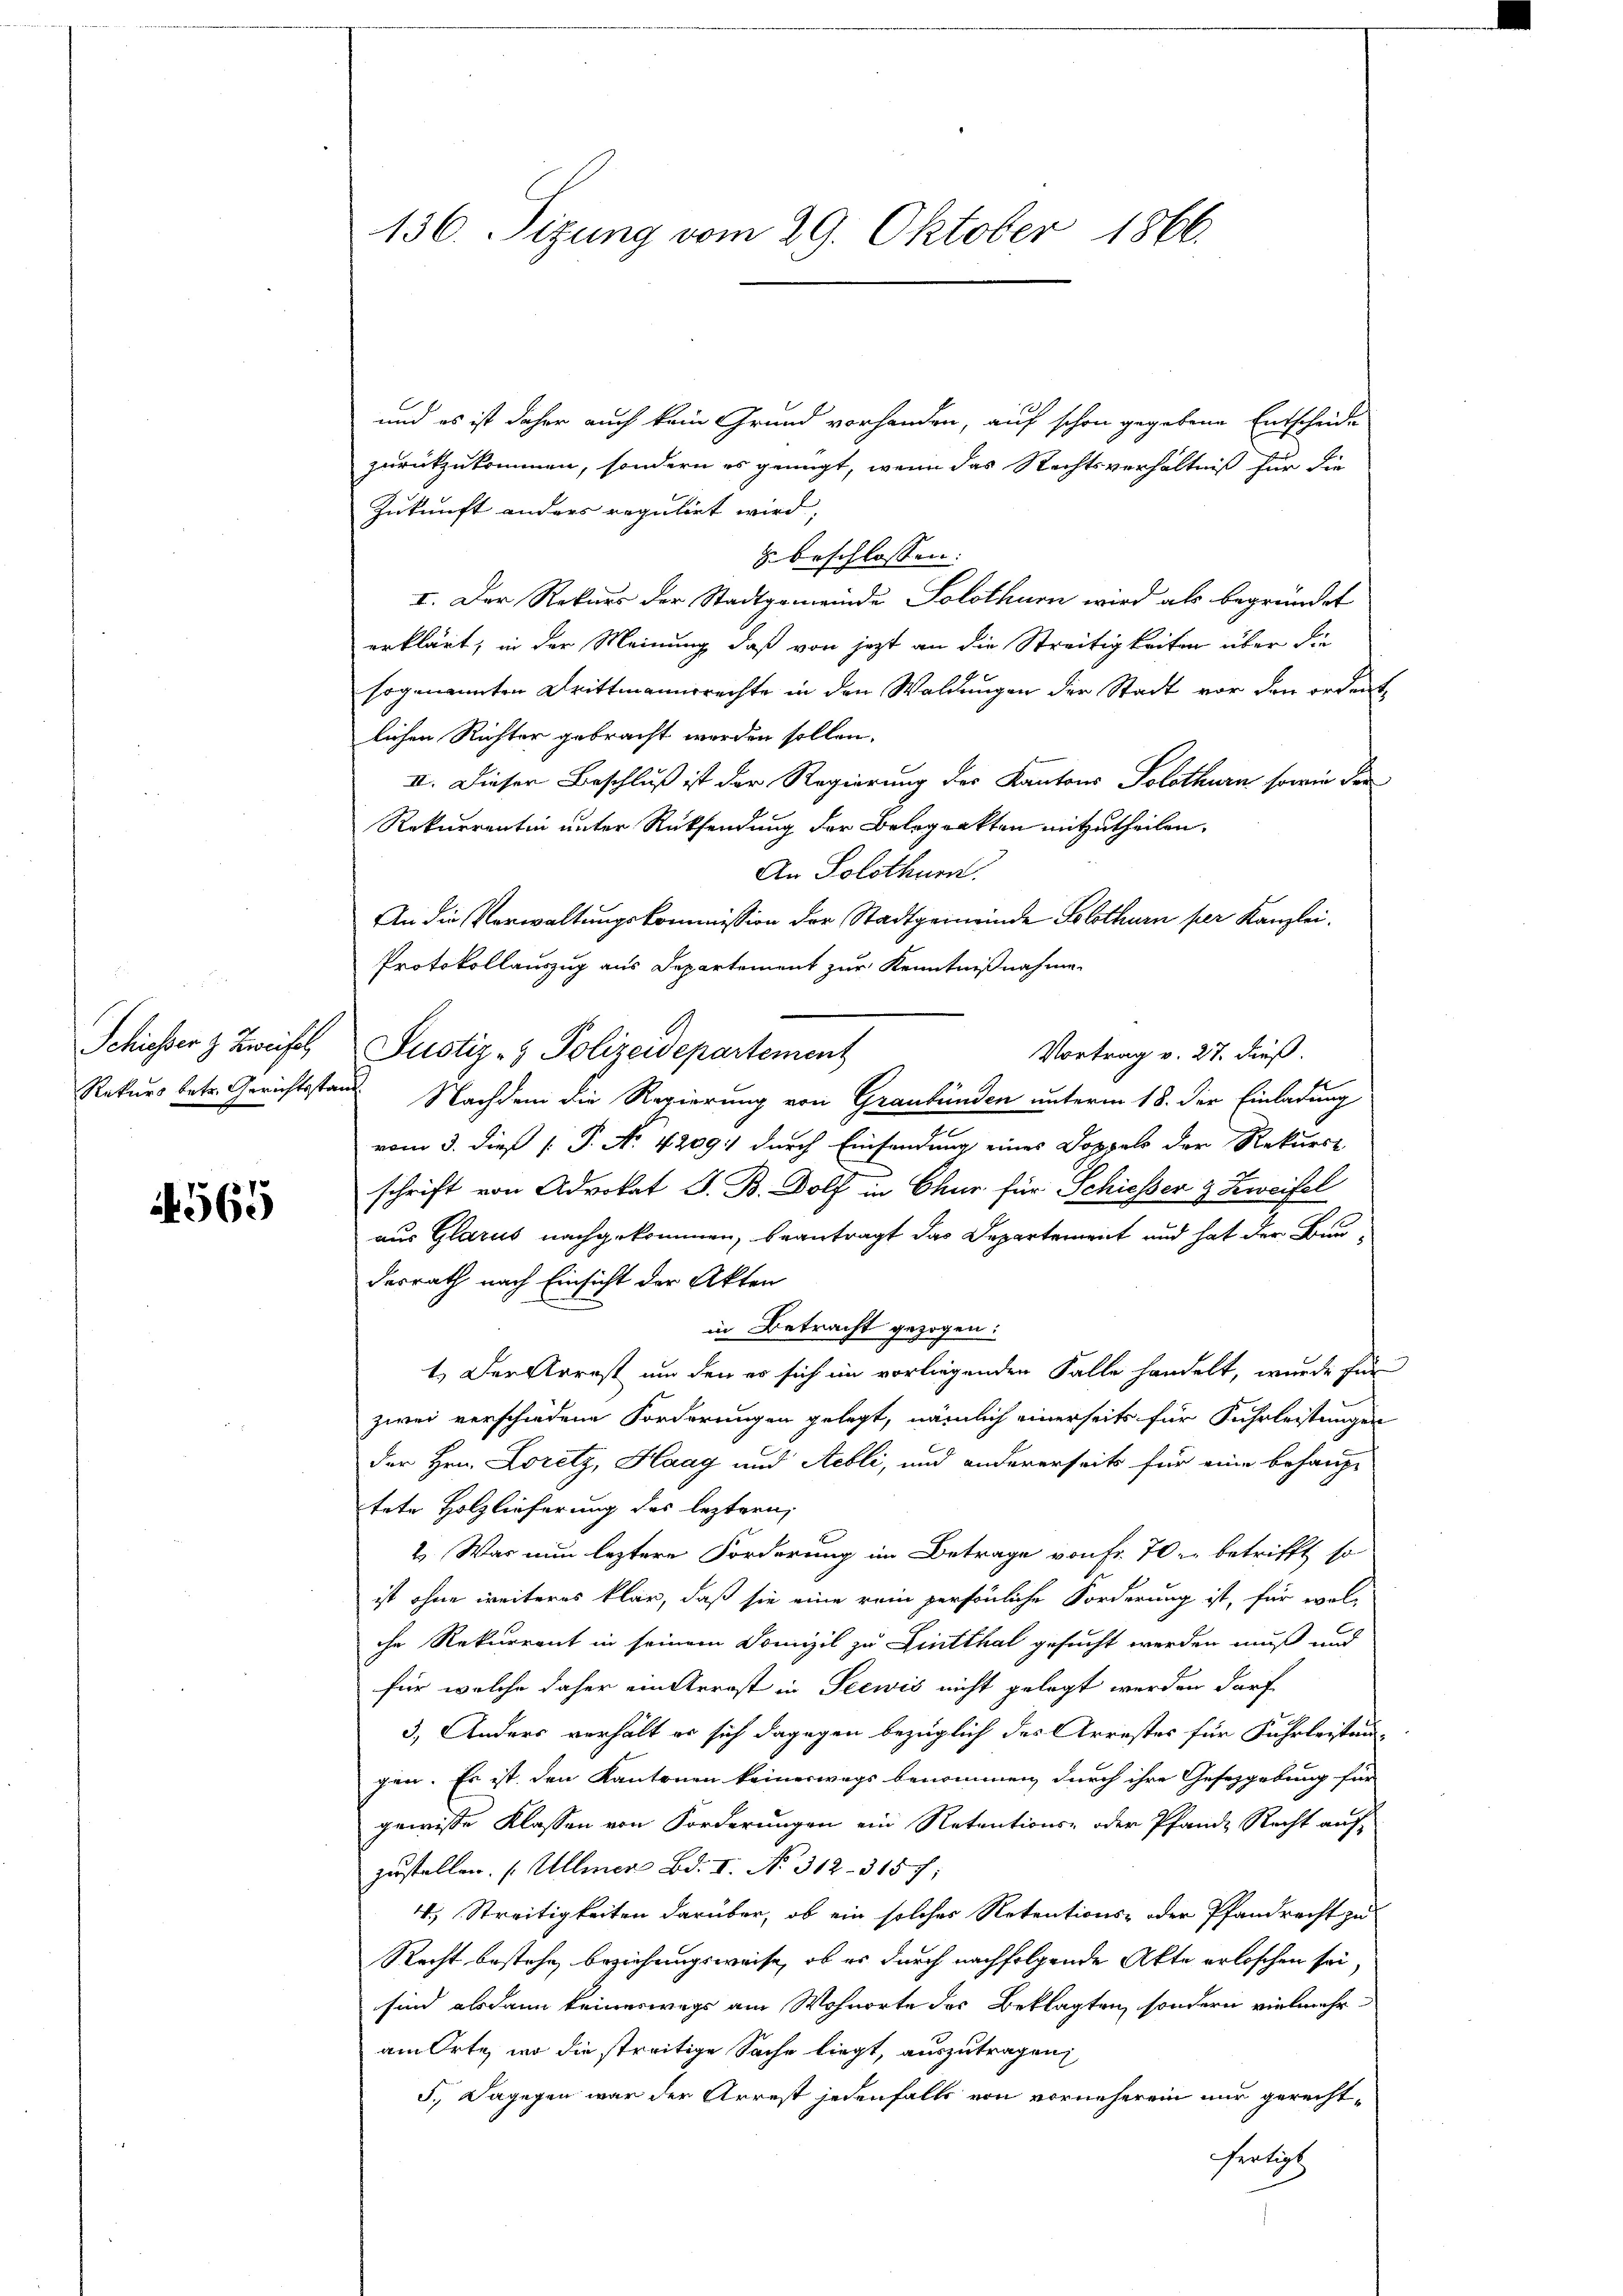
1565

und es ist daher auch kein Grund vorhanden, auf schon gegebene Entscheide
zurückzukommen, sondern es genügt, wenn das Rechtsverhältniß für die
Zukunft anders regulirt wird,
 beschlossen:
I. Der Rekurs der Stadtgemeinde Solothurn wird als begründet
erklärt, in der Meinung, daß von jezt an die Streitigkeiten über die
sogenannten Drittmannsrechte in den Waldungen der Stadt vor den ordent
lichen Richter gebracht werden sollen.
II. Dieser Beschluß ist der Regierung des Kantons Solothurn sowie der
Rekurrentin unter Rücksendung der Belograkten mitzutheilen.
An Solothurn.
An die Verwaltungskommission der Stadtgemeinde Solothurn per Kanzlei.
Protokollauszug aus Departement zur Kenntnißnahme.
Schieser z. Zweifel Justiz- & Polizeidepartement
Vortrag v. 27. dieß.
Rekurs betr. Gerichtsstand. Nachdem die Regierung von Graubünden unterm 18. der Einladung
vom 3. dieß P. N. 4209 durch Einsendung eines Doppels der Rekurst
schrift von Advokat S. B. Bolf in Chur für Schiesser & Zweifel
aus Glarus nachgekommen, beantragt das Departement und hat der Bun-
desrath nach Einsicht der Akten
in Betracht gezogen:
1. Der Arrest um den es sich im vorliegenden Falle handelt, wurde für
zwei verschiedene Forderungen gelegt, nämlich einerseits für Fuhrleistungen
der Hrn. Loretz, Haag und Aebli, und andererseits für eine behaup-
tete Holzlieferung des leztern,
2. Was nun leztere Forderung im Betrage von fr. 70 betrifft, so
ist ohne weiteres klar, daß sie eine rein persönliche Forderung ist, für wol-
che Rekurrent in seinem Domizil zu Linthal gesucht werden muß und
für welche daher ein Arrost in Seewis nicht gelegt werden darf
3.) Anders verhält er sich dagegen bezüglich des Arrestes für Fuhrleistan-
gen. Es ist, den Kantonen keineswegs benommen durch ihre Gesetzgebung für
gewisse Klassen von Forderungen ein Retentions- oder Pfande Recht aufzustellen. (Ullmer Bd. I, No. 312. 315 f:
4. Streitigkeiten darüber, ob ein solches Retentions- oder Pfandrecht zu
Recht bestehe, beziehungsweise, ob es durch nachfolgende Akte erloschen sei.
sind alsdann keineswegs am Wohnorte des Beklagten, sondern vielmehr
am Orte, wo die streitige Sache liegt, auszutragen;
5., Dagegen war der Arrest jedenfalls von vorneheren nur gerechtfertige

136. Sizung vom 29. Oktober 1866.